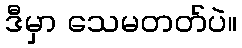
ဒီမှာ သေမတတ်ပဲ။